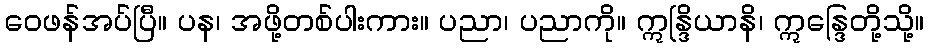
ဝေဖန်အပ်ပြီ။ ပန၊ အဖို့တစ်ပါးကား။ ပညာ၊ ပညာကို။ ဣန္ဒြိယာနိ၊ ဣန္ဒြေတို့သို့။